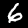
Label: 6